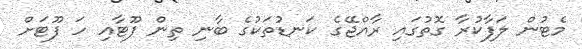
މެޓުން ލަފާކުރާ ގޮތުގައި ރާއްޖޭގެ ކަނޑުތަކުގެ ބާނި ތިން ފޫޓާއި ހަ ފޫޓަށް